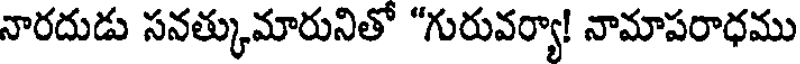
నారదుడు సనత్కుమారునితో "గురువర్యా! నామాపరాధము